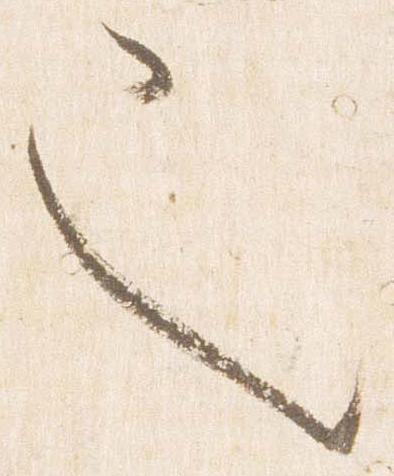
也